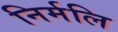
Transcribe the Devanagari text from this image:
निर्मलि